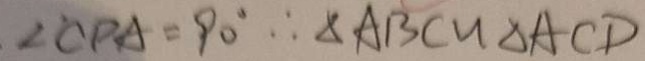
\angle C P A = 9 0 ^ { \circ } \therefore \Delta A B C \sim \Delta A C D